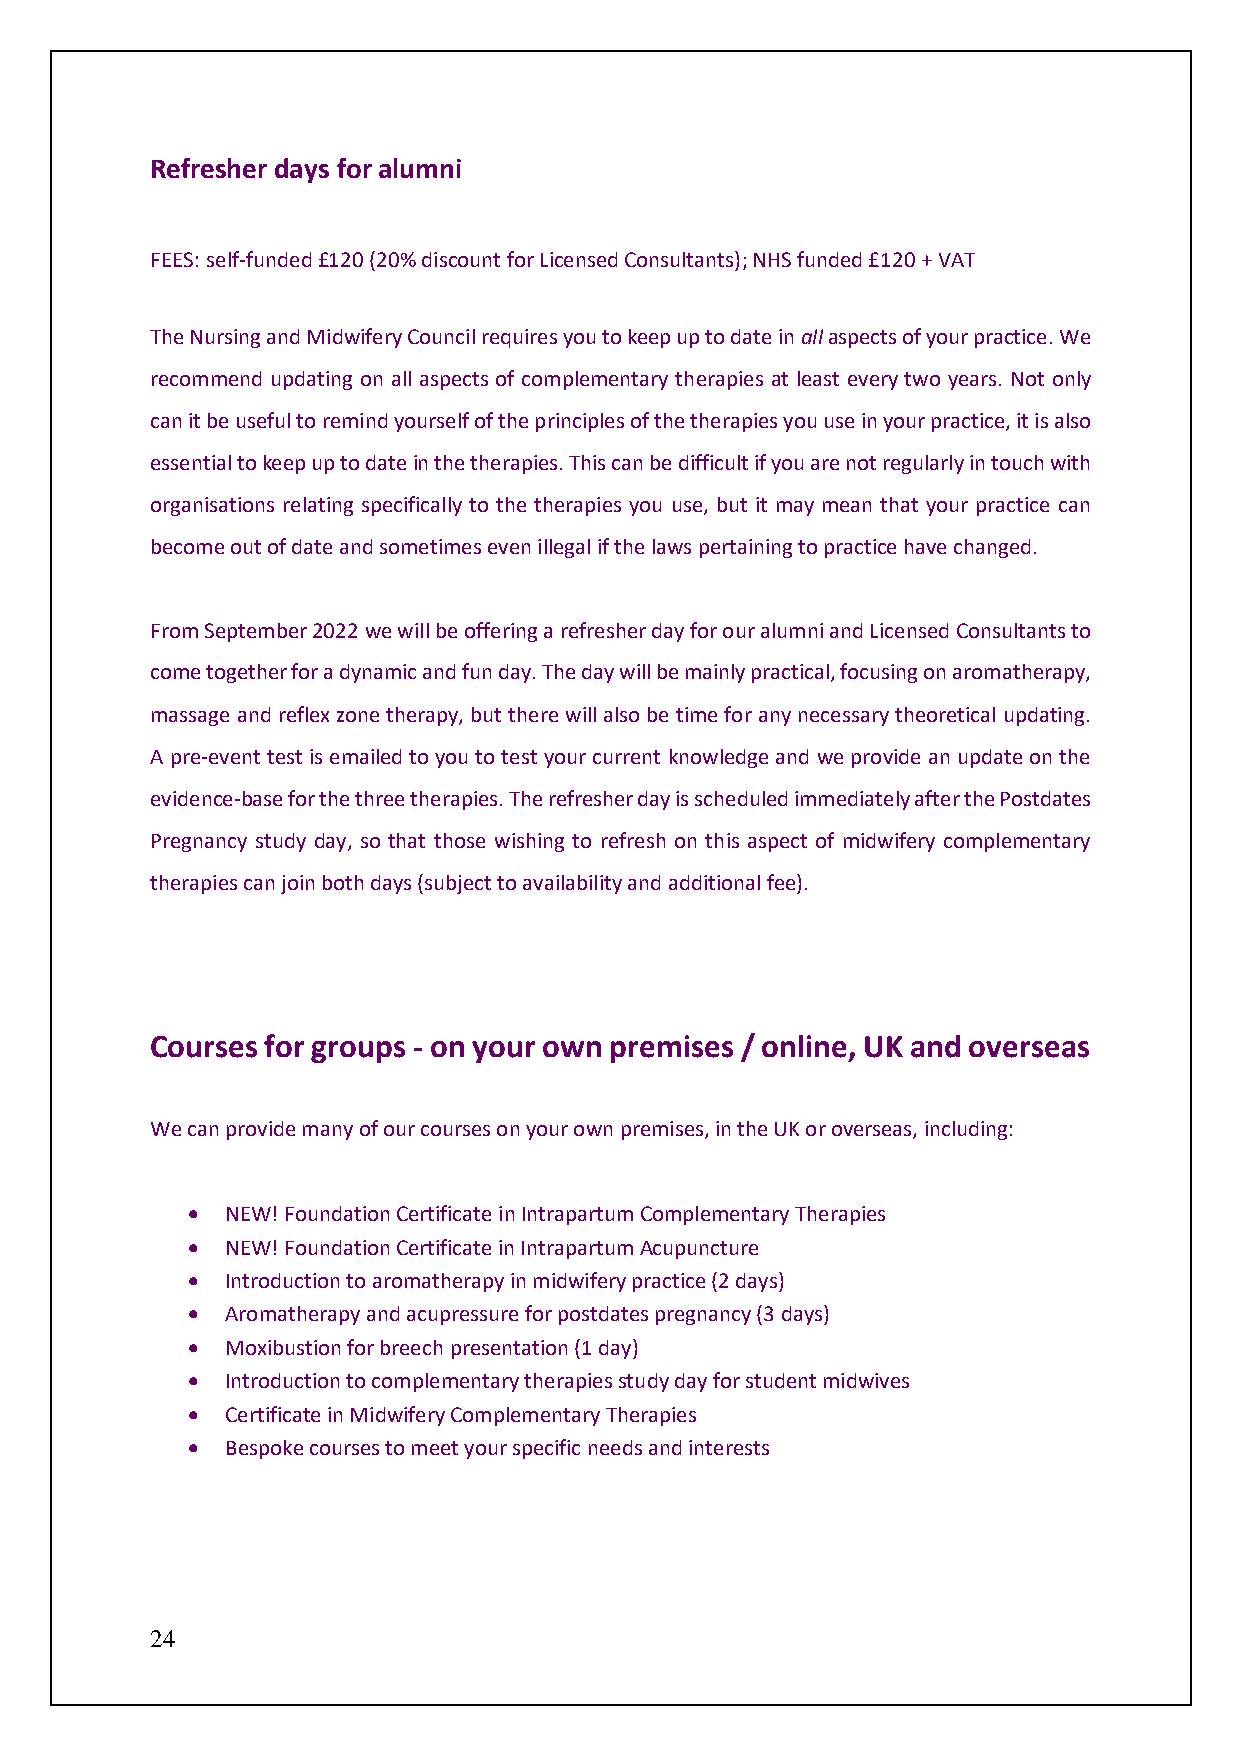
Refresher days for alumni
 FEES: self-funded £120 (20% discount for Licensed Consultants); NHS funded £120 + VAT
 The Nursing and Midwifery Council requires you to keep up to date in all aspects of your practice. We
 recommend updating on all aspects of complementary therapies at least every two years. Not only
 can it be useful to remind yourself of the principles of the therapies you use in your practice, it is also
 essential to keep up to date in the therapies. This can be difficult if you are not regularly in touch with
 organisations relating specifically to the therapies you use, but it may mean that your practice can
 become out of date and sometimes even illegal if the laws pertaining to practice have changed.
 From September 2022 we will be offering a refresher day for our alumni and Licensed Consultants to
 come together for a dynamic and fun day. The day will be mainly practical, focusing on aromatherapy,
 massage and reflex zone therapy, but there will also be time for any necessary theoretical updating.
 A pre-event test is emailed to you to test your current knowledge and we provide an update on the
 evidence-base for the three therapies. The refresher day is scheduled immediately after the Postdates
 Pregnancy study day, so that those wishing to refresh on this aspect of midwifery complementary
 therapies can join both days (subject to availability and additional fee).
 Courses for groups - on your own premises / online, UK and overseas
 We can provide many of our courses on your own premises, in the UK or overseas, including:
 •  NEW! Foundation Certificate in Intrapartum Complementary Therapies
 •  NEW! Foundation Certificate in Intrapartum Acupuncture
 •  Introduction to aromatherapy in midwifery practice (2 days)
 •  Aromatherapy and acupressure for postdates pregnancy (3 days)
 •  Moxibustion for breech presentation (1 day)
 •  Introduction to complementary therapies study day for student midwives
 •  Certificate in Midwifery Complementary Therapies
 •  Bespoke courses to meet your specific needs and interests
 24